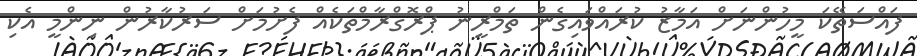
ފައްސަތޭކަ މީހުންނަށް އަމާޒު ކުރައްވައިގެން ތަމްރީނު ޕްރޮގްރާމްތަކެއް ފެށުމަށް ސަރުކާރުން ނިންމީ އެކި